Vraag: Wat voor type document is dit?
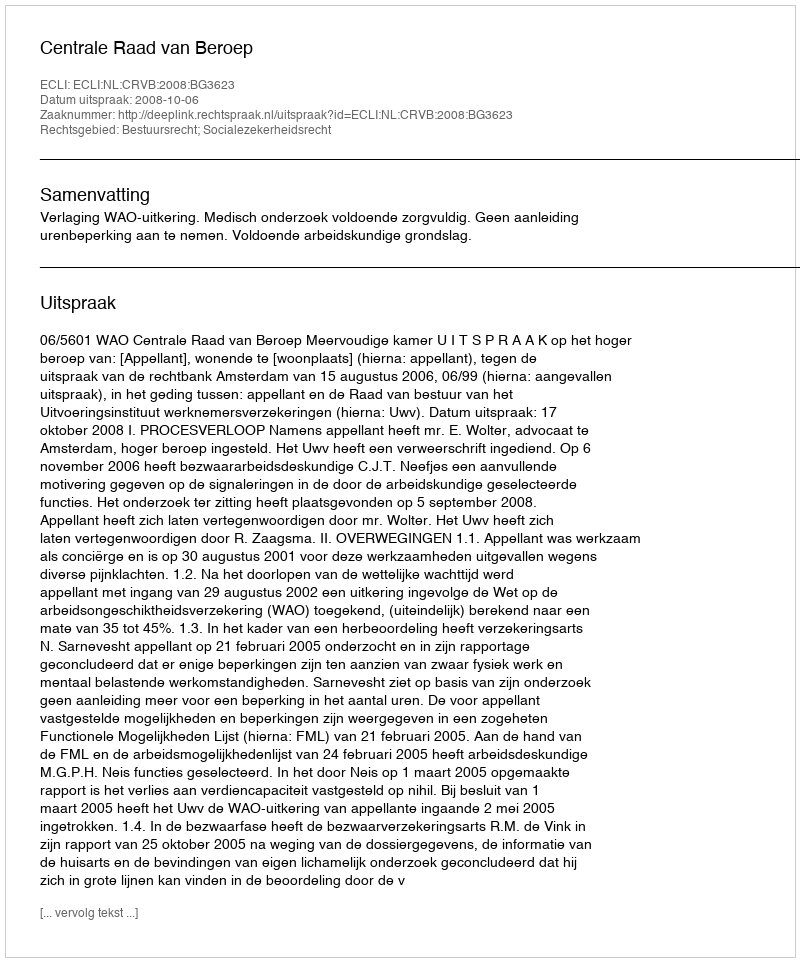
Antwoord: Uitspraak